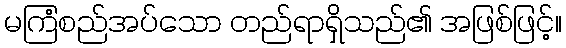
မကြံစည်အပ်သော တည်ရာရှိသည်၏ အဖြစ်ဖြင့်။